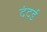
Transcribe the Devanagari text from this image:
दंदई